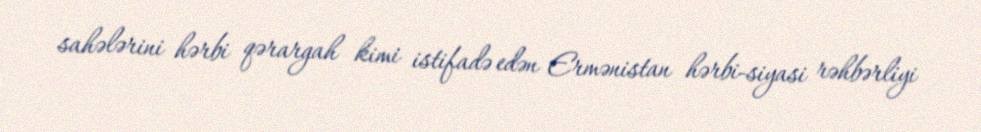
sahələrini hərbi qərargah kimi istifadə edən Ermənistan hərbi-siyasi rəhbərliyi